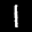
Label: 1